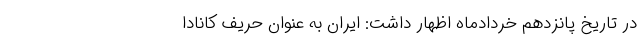
در تاریخ پانزدهم خردادماه اظهار داشت: ایران به عنوان حریف کانادا